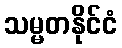
သမ္မတနိုင်ငံ